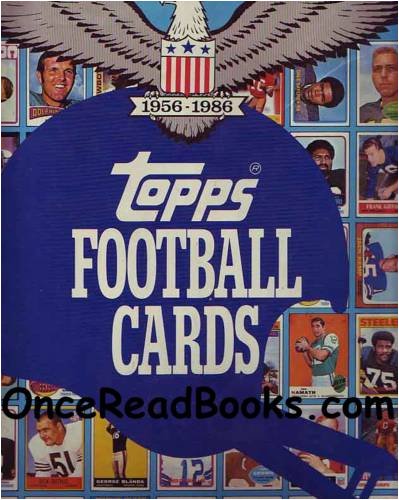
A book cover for Topps football cards: The complete picture collection : a history, 1956-1986; Jack Clary; Crafts, Hobbies & Home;